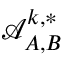
\mathcal { A } _ { A , B } ^ { k , * }